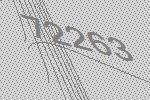
72263